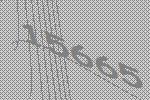
15665